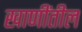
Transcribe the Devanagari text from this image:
खाणींतील